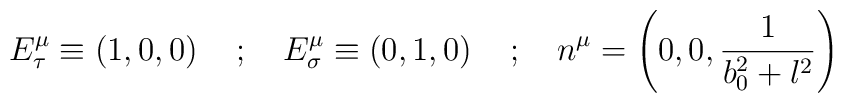
E^{\mu}_{\tau} \equiv \left ( 1, 0, 0  \right )  \quad ; \quad E^{\mu}_{\sigma} \equiv \left ( 0, 1, 0 \right ) \quad ; \quad n^{\mu} = \left ( 0, 0, \frac{1}{b^{2}_{0} + l^{2}} \right )